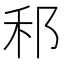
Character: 𮂰